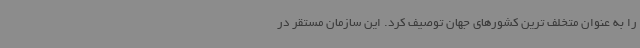
را به عنوان متخلف ترین کشورهای جهان توصیف کرد. این سازمان مستقر در